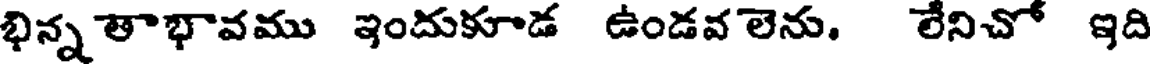
భిన్న తాభావము ఇందుకూడ ఉండవ లెను. లేనిచో ఇది